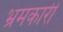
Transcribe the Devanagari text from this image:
भ्रमकारी